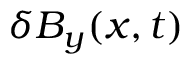
\delta B _ { y } ( x , t )